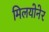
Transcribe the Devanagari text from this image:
मिलयोनेर